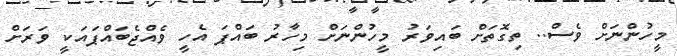
މީހުންނަށް ވެސް.. ތިގޮތަށް ބައިވަރު މީހުންނަށް މިހާރު ބައްޕަ އެހީ ވެއްޖެބައްޕައަކީ ވަރަށް